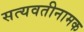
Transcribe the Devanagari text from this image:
सत्यवतीनामक